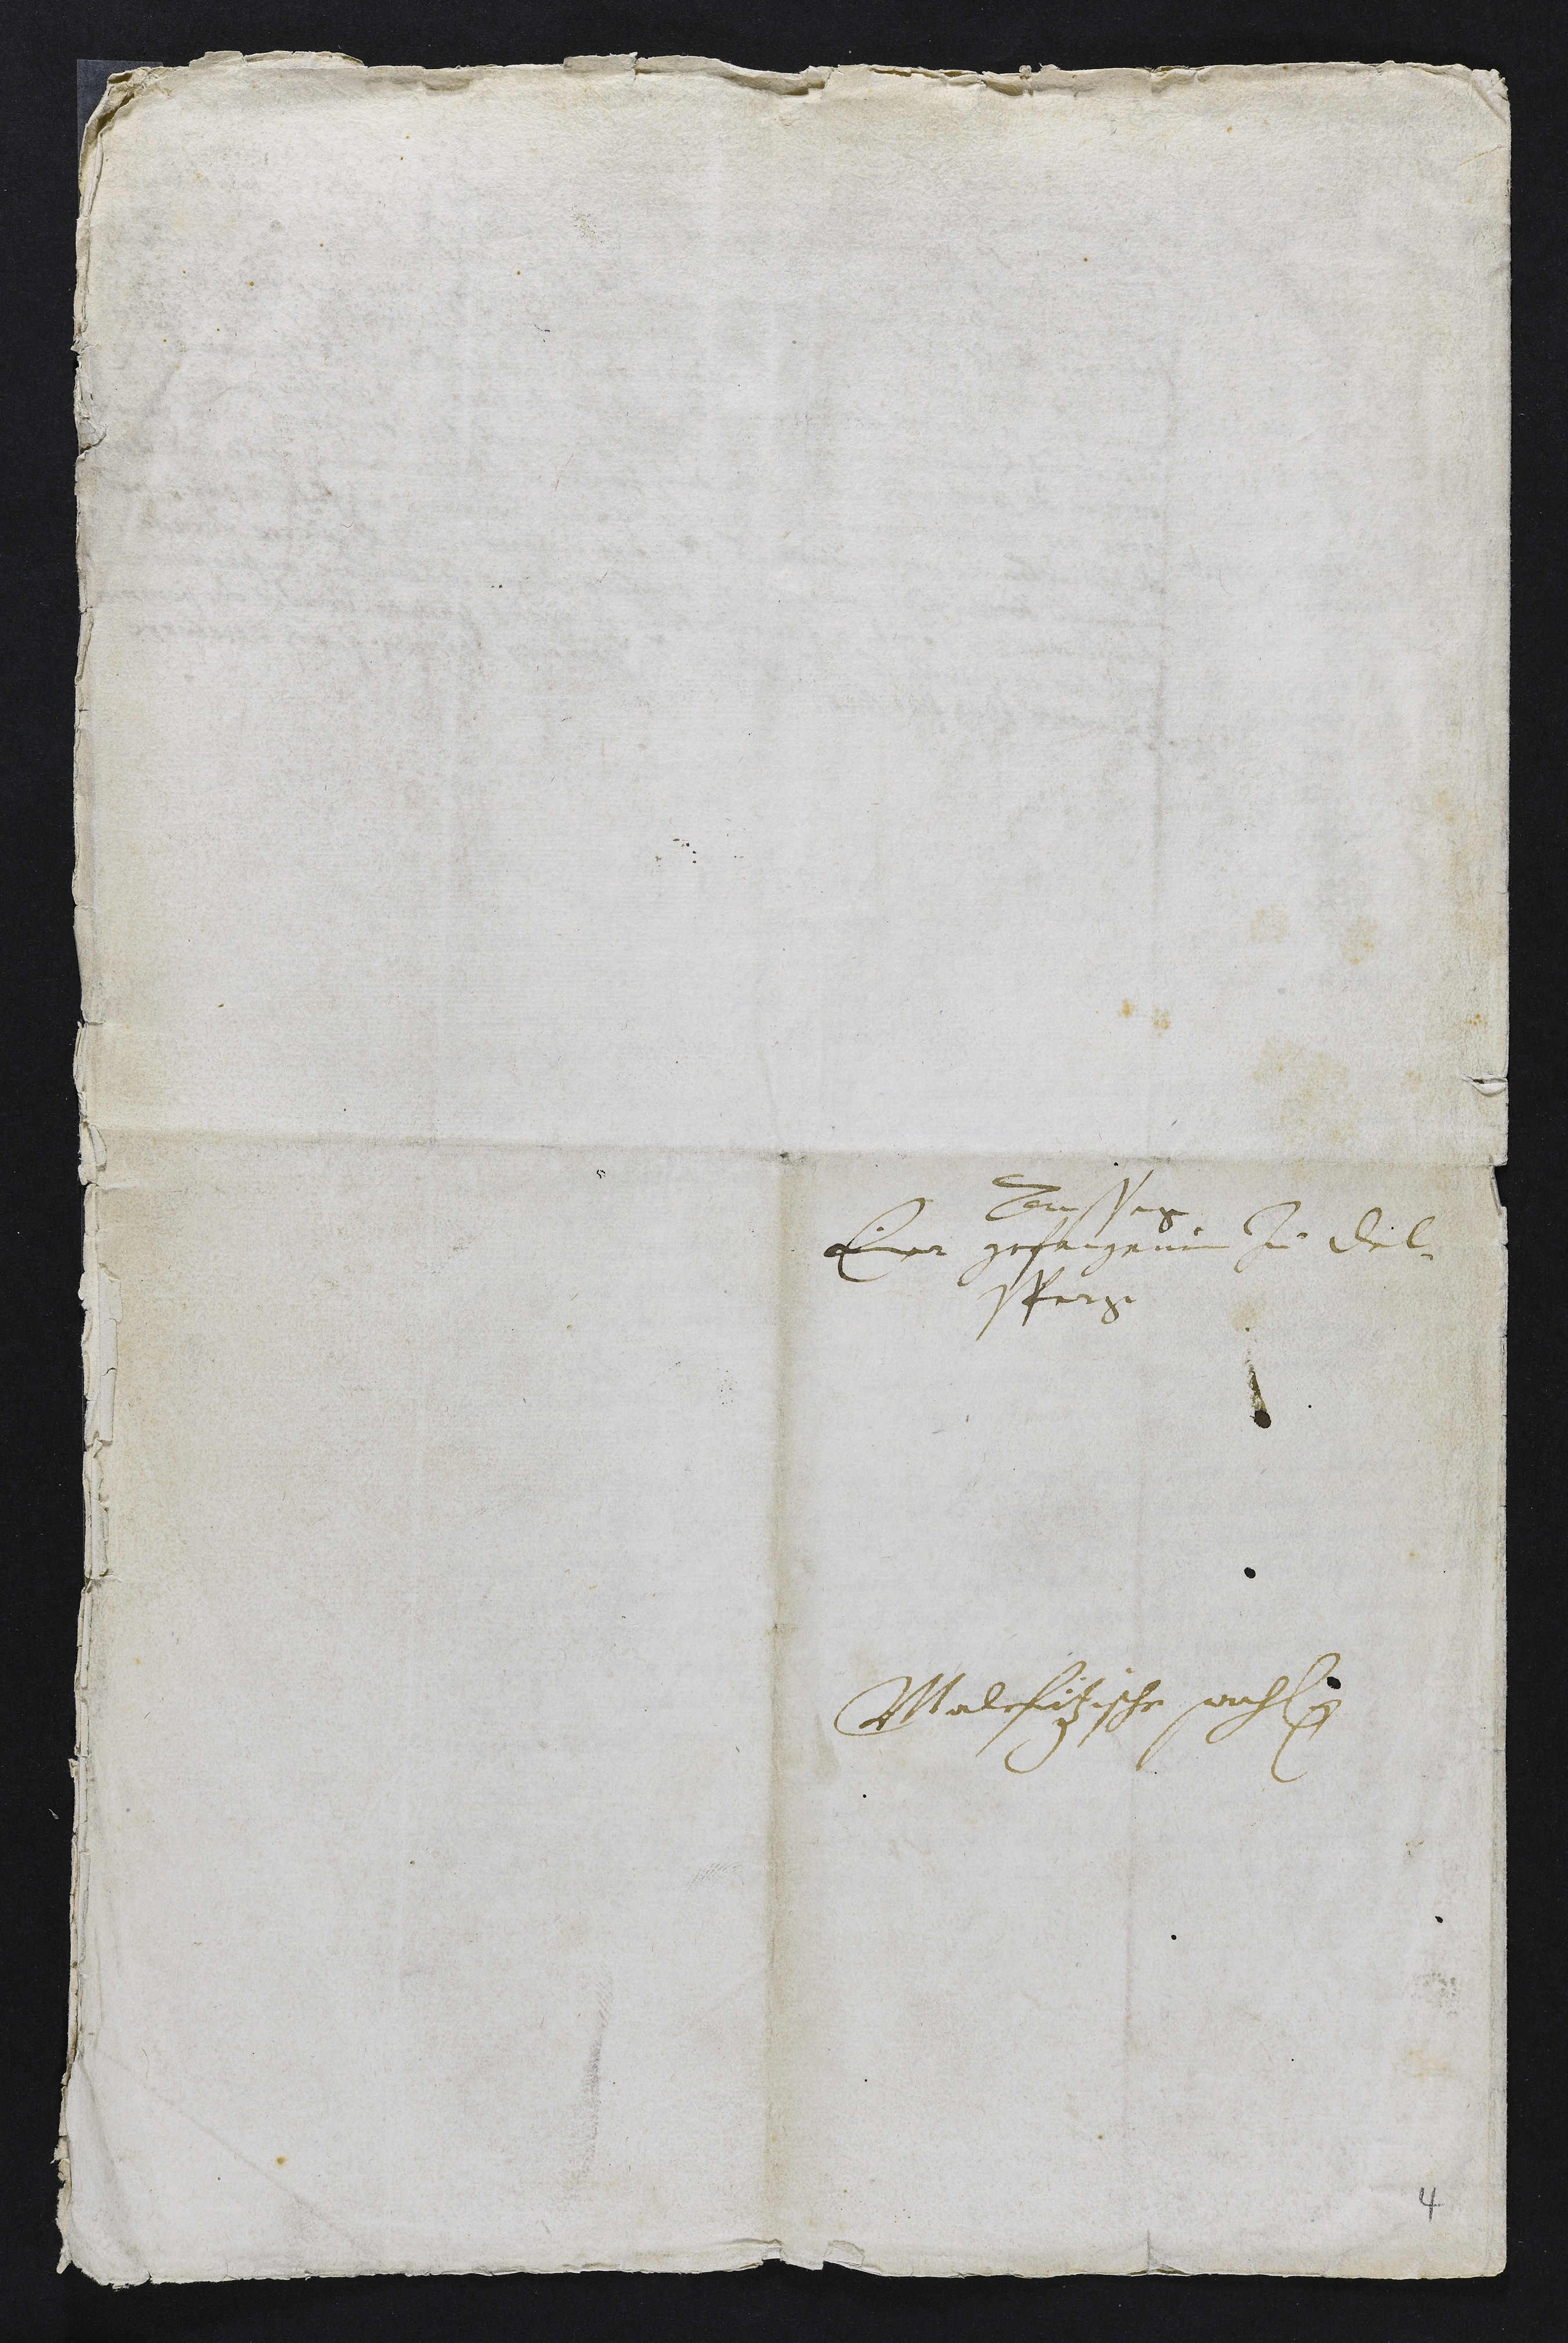
Aussage
Einer gefangenin zu Del-
sperg
Malefitzische sachen

4